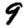
Digit: 9